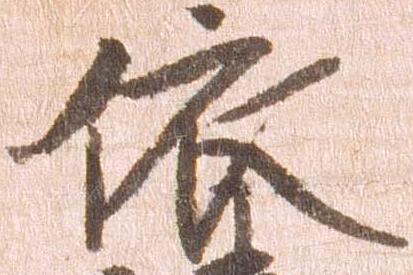
依